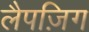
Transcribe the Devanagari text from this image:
लैपज़िग